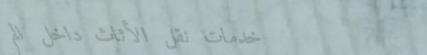
خدمات نقل الأثاث داخل الم